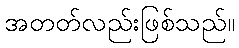
အတတ်လည်းဖြစ်သည်။